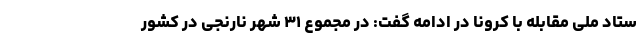
ستاد ملی مقابله با کرونا در ادامه گفت: در مجموع ۳۱ شهر نارنجی در کشور